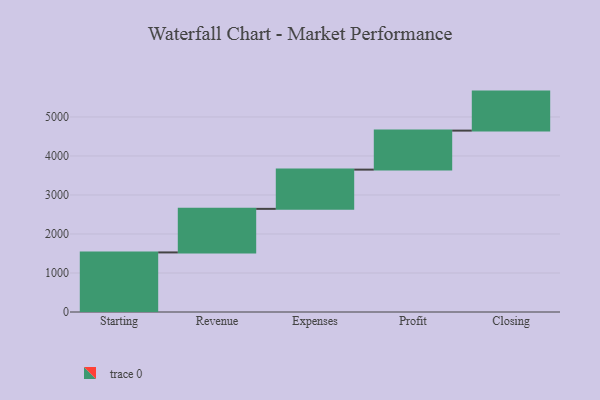
{"axis": {"x": "Step", "y": "Value"}, "legend": [""], "data": [{"x": "Starting", "y": 1527.0, "type": ""}, {"x": "Revenue", "y": 1117.0, "type": ""}, {"x": "Expenses", "y": 1006.0, "type": ""}, {"x": "Profit", "y": 1000, "type": ""}, {"x": "Closing", "y": 1000, "type": ""}]}